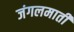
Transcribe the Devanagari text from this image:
जंगलमाती